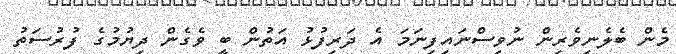
މެން ބެލެނިވެރިން ނުވިސްނައިފިނަމަ އެ ދަރިފުޅު އަތުން ބީ ވެގެން ދިޔުމުގެ ފުރުސަތު